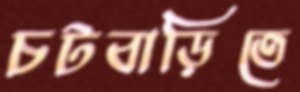
চটবাড়িতে